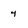
Character: 4